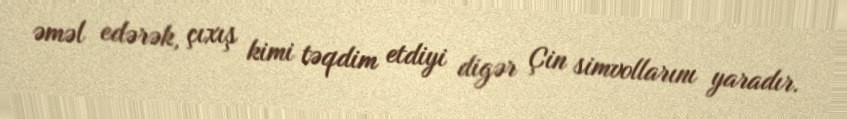
əməl edərək, çıxış kimi təqdim etdiyi digər Çin simvollarını yaradır.